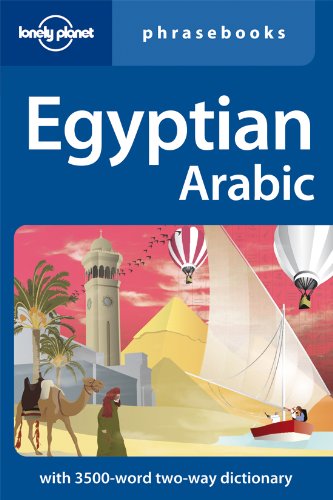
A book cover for Egyptian Arabic (Lonely Planet Phrasebooks); Lonely Planet; Travel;